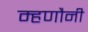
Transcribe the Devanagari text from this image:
म्हणौनी